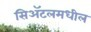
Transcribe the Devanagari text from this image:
सिअॅटलमधील